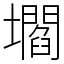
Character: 壛